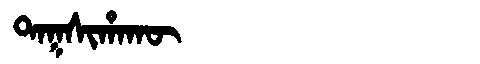
Manchu: ᡨᠠᡴᠰᡳᡥᠠᡴᡡ
Romanization: TAKSIHAKŪ